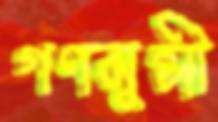
গণমুন্সী